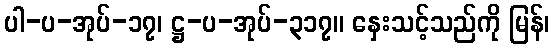
ပါ-ပ-အုပ်-၁၇၊ ဋ္ဌ-ပ-အုပ်-၃၁၇။ နှေးသင့်သည်ကို မြန်၊